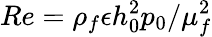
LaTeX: Re={\rho_{f}\epsilon h_{0}^{2}p_{0}}/{\mu_{f}^{2}}